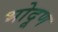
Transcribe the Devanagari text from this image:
भोदूण